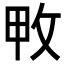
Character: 𢼓